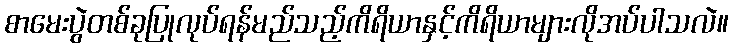
စာမေးပွဲတစ်ခုပြုလုပ်ရန်မည်သည့်ကိရိယာနှင့်ကိရိယာများလိုအပ်ပါသလဲ။